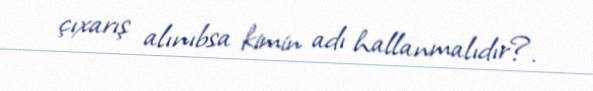
çıxarış alınıbsa kimin adı hallanmalıdır?.